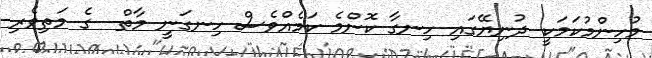
މުހިންމުކަމަކީ ދުނިޔޭގައި ހިނގާ ކޮންމެ ކަމެއްވެސް ހިނގަނީ މާތް  ގެ މަތިވެރި